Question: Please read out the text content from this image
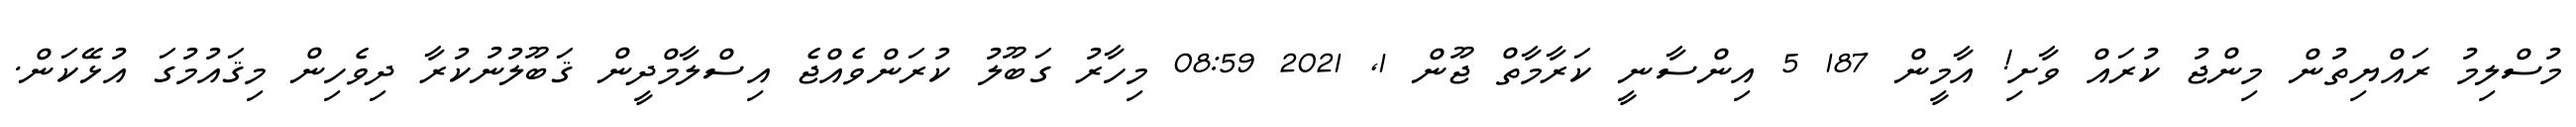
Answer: މުސްލިމު ރައްޔިތުން މިންޖު ކުރައް ވާށި! އާމީން 187 5 އިންސާނީ ކަރާމާތް ޖޫން 1, 2021 08:59 މިހާރު ގަބޫލު ކުރަންވެއްޖެ އިސްލާމްދީން ޤަބޫލުނުކުރާ ދިވެހިން މިޤައުމުގަ އުޅޭކަން.